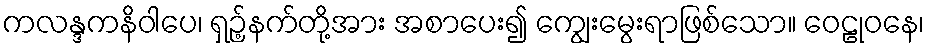
ကလန္ဒကနိဝါပေ၊ ရှဉ့်နက်တို့အား အစာပေး၍ ကျွေးမွေးရာဖြစ်သော။ ဝေဠုဝနေ၊